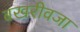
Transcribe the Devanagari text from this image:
बखरीवजा